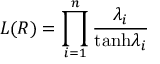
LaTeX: L ( R ) = \prod _ { i = 1 } ^ { n } { \frac { \lambda _ { i } } { \mathrm { t a n h } \lambda _ { i } } }